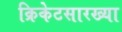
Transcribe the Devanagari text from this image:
क्रिकेटसारख्या